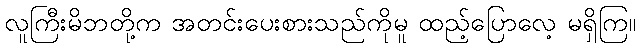
လူကြီးမိဘတို့က အတင်းပေးစားသည်ကိုမူ ထည့်ပြောလေ့ မရှိကြ။